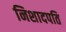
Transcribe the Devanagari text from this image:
निशादपति